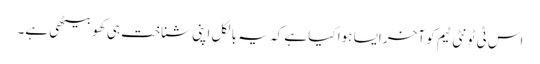
اس ٹی ٹونٹی ٹیم کو آخر ایسا ہوا کیا ہے کہ یہ بالکل اپنی شناخت ہی کھو بیٹھی ہے۔